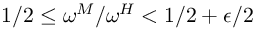
1 / 2 \le \omega ^ { M } / \omega ^ { H } < 1 / 2 + \epsilon / 2